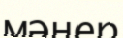
мәнер